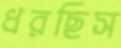
ধরছিস